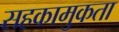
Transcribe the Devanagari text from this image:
सहकामुकता